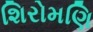
શિરોમણિ